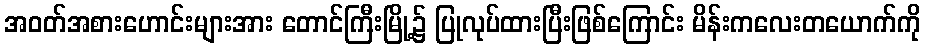
အဝတ်အစားဟောင်းများအား တောင်ကြီးမြို့၌ ပြုလုပ်ထားပြီးဖြစ်ကြောင်း မိန်းကလေးတယောက်ကို